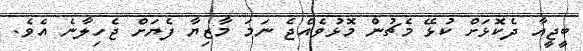
ބީޖީއާ ދެކޮޅަށް ކުޅޭ މެޗުން މޮޅުވެއްޖެ ނަމަ މާޒިޔާ ފެޔަށް ޖެހިލާނެ އެވެ.